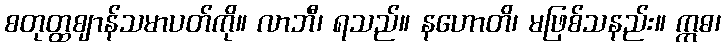
စတုတ္ထဈာန်သမာပတ်ကို။ လာဘီ၊ ရသည်။ နဟောတိ၊ မဖြစ်သနည်း။ ဣဓ၊